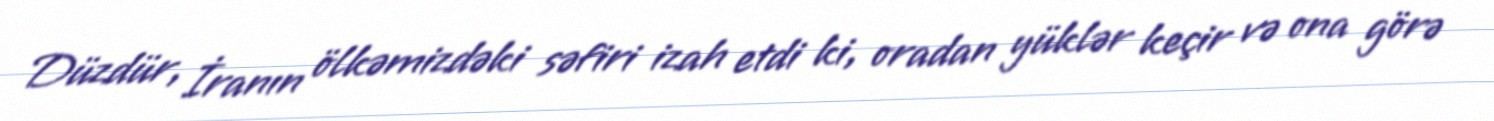
Düzdür, İranın ölkəmizdəki səfiri izah etdi ki, oradan yüklər keçir və ona görə